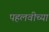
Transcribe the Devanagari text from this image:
पहलवीच्या